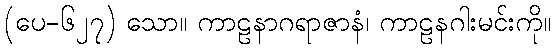
(ပေ-၆၂၇) သော။ ကာဠနာဂရာဇာနံ၊ ကာဠနဂါးမင်းကို။